Bombay plague: being a history of the progress of plague in the Bombay presidency from September 1896 to June 1899
Year: 1896
Disease focus: Plague
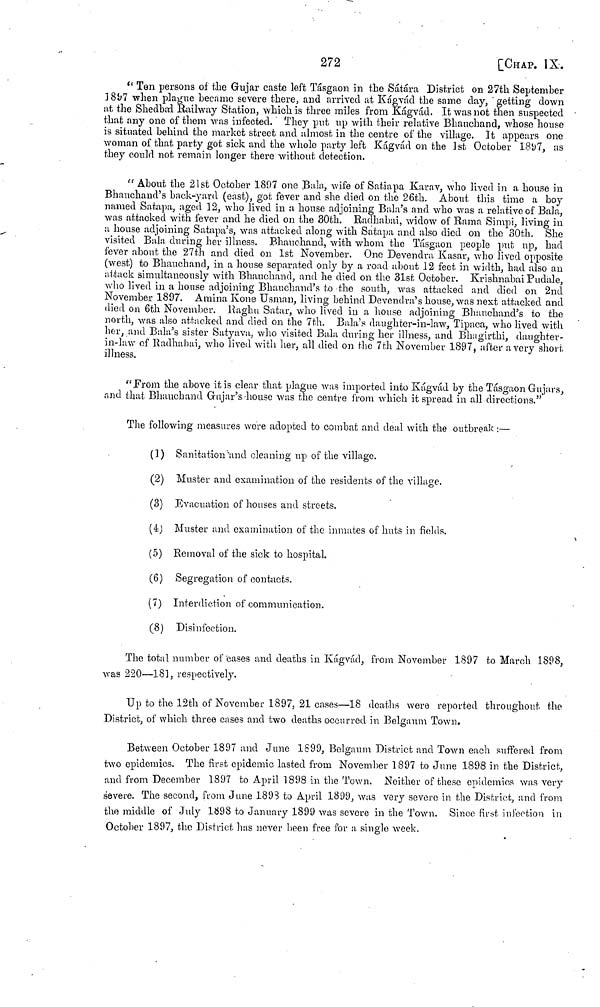
272
[CHAP. IX.
" Ten persons of the Gujar caste left Tásgaon in the Sátára District on 27th September
1897 when plague became severe there, and arrived at Kágvád the same day, "getting down
at the Shedbarl Railway Station, which is three miles from Kágvád. It was not then suspected
that any one of them was infected. They put up with their relative Bhanchand, whose house
is situated behind the market street and almost in the centre of the village. It appears one
woman ofthat party got sick and the whole party left Kágvád on the 1st October 1897, as
they could not remain longer there without detection.
" About the 21st October 1807 one Bala, wife of Satiapa Karav, who lived in a house in
Bhauchand's back-yard (east), got fever and she died on the 26th. About this time a boy
named Satapa, aged 12, who lived in a house adjoining Bala's and who was a relative of Bala,
was attacked with fever and he died on the 30th. Radhabai, widow of Rama Simpi, living in
a house adjoining Satapa's, was attacked along with Satapa and also died on the 30th. She
visited Bala during her illness. Bhanchand, with whom the Tásgaon people put up, had
fever about the 27th and died on 1st November. One Devendrá Kasar, who lived opposite
(west) to Bhauchand, in a house separated only by a road about 12 feet in width, had also an
attack simultaneously with Bhauchand, and he died on the 31st October. KrishnabaiPudale,
who lived in a house adjoining Bhauchand's to the south, was attacked and died on 2nd
November 1897. Amina Kone Usman, living behind Devendra's house, was next attacked and
died on 6th November. liaghu Satar, who lived in a house adjoining Bhauchand's to the
north, was also attacked and died on the 7th. Bala's daughter-in-law, Tipaca, who lived with
her, and Bala's sister Satyava, who visited Bala during her illness, and Bhagirthi, daughter-
in-law of Kadhabai, who lived with her, all died on the 7th November 1897, after a very short,
illness.
"From the above it is clear that plague was imported into Kágvád by the Tásgaon Gujurs,
and that Bhanchand Gajar's house was the centre from which it spread in all directions."
The following measures were adopted to combat and deal with the outbreak ;—
(1) Sanitation and cleaning up of the village.
(2) Muster and examination of the residents of the village.
(3) Evacuation of houses and streets.
(4) Muster and examination of the inmutes of huts in fields.
(5) Removal of the sick to hospital.
(6) Segregation of contacts.
(7) Interdiction of communication.
(8) Disinfection.
The total number of cases and deaths in Kágvád, from November 1897 to March 1898,
was 220—181, respectively.
Up to the 12th of November 1897, 21 cases—18 deaths were reported throughout the
District, of which three cases and two deaths occurred in Belgaum Town.
Between October 1897 and June 1899, Belgaum District and Town each suffered from
two epidemics. The first epidemic lasted from November 1897 to June 1898 in the District,
and from December 1897 to April 1898 in the Town. Neither of these epidemics was very
severe. The second, from June 1893 to April 1899, was very severe in the District, and from
the middle of July 1098 to January 1899 was severe in the Town. Since first infection in
October 1897, the District has never been free for a single week.